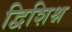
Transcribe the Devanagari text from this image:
द्विशिश्न